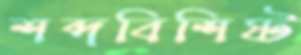
শব্দবিশিষ্ট